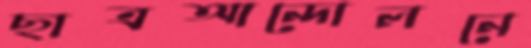
ছাত্রআন্দোলনে